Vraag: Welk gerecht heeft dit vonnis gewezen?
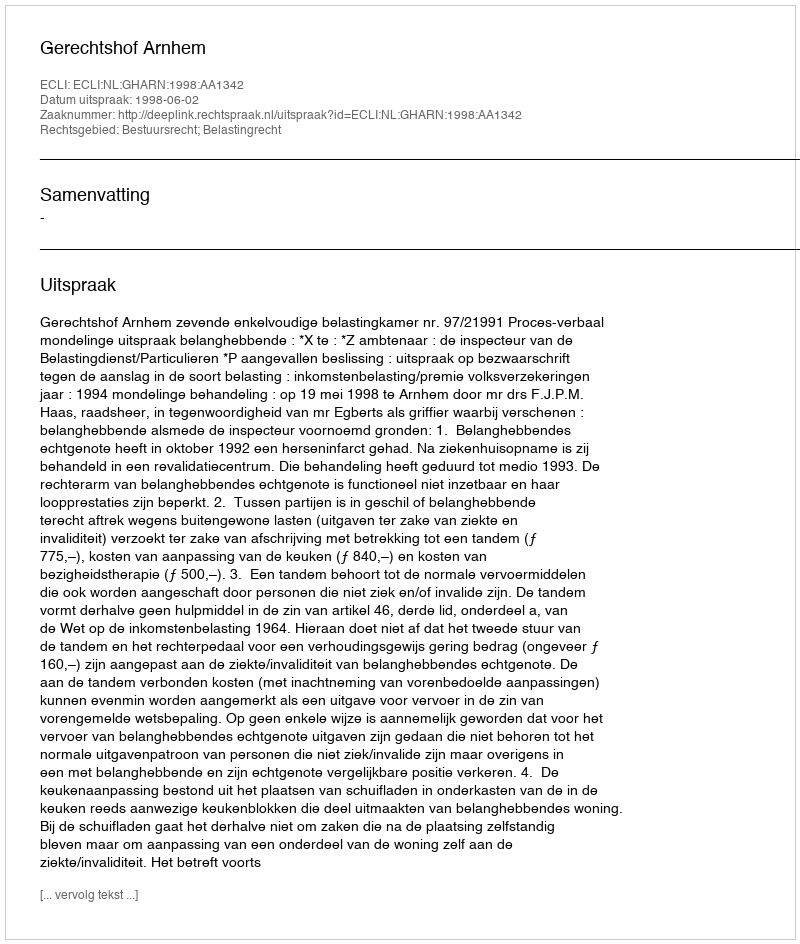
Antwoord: Gerechtshof Arnhem